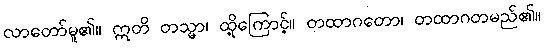
လာတော်မူ၏။ ဣတိ တသ္မာ၊ ထို့ကြောင့်။ တထာဂတော၊ တထာဂတမည်၏။